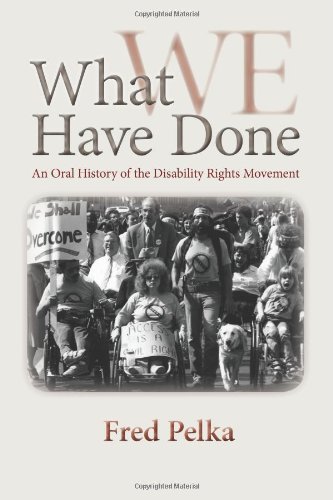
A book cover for What We Have Done: An Oral History of the Disability Rights Movement; Fred Pelka; Law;